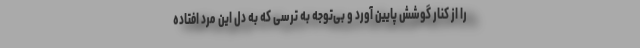
را از کنار گوشش پایین آورد و بی‌توجه به ترسی که به دل این مرد افتاده